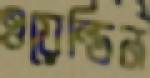
ওয়েল্ডিন